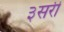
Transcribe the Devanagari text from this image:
३सरी